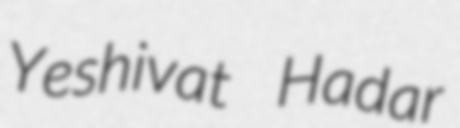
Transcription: Yeshivat Hadar